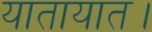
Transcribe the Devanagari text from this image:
यातायात।